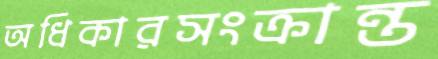
অধিকারসংক্রান্ত